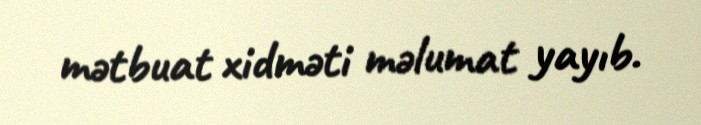
mətbuat xidməti məlumat yayıb.